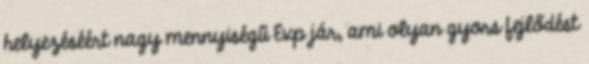
helyezéséért nagy mennyiségű Exp jár, ami olyan gyors fejlődést